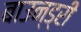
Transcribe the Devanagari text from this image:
बाउन्ड्री